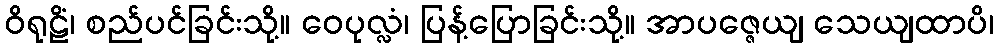
ဝိရုဠိံ၊ စည်ပင်ခြင်းသို့။ ဝေပုလ္လံ၊ ပြန့်ပြောခြင်းသို့။ အာပဇ္ဇေယျ သေယျထာပိ၊